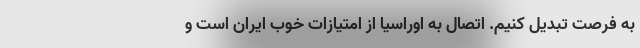
به فرصت تبدیل کنیم. اتصال به اوراسیا از امتیازات خوب ایران است و